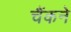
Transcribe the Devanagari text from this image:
चैंकने